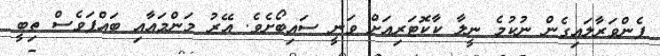
ފެންވަރާލައިގެން ނުކުމެ ނީލާ ކާކޮޓަރިއަށް ވަނީ ސައިބޯށެވެ. އޭރު މަންމައާއި ބައްޕަވެސް ތިބީ